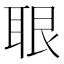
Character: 𦕨